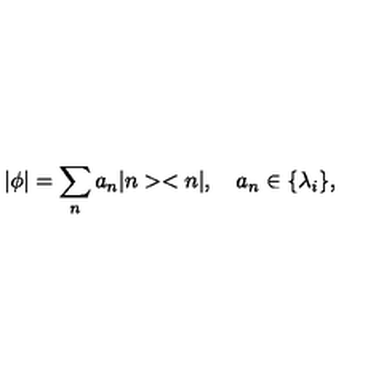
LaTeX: | \phi | = \sum _ { n } a _ { n } | n > < n | , \quad a _ { n } \in \{ \lambda _ { i } \} ,